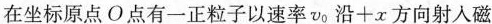
在坐标原点O点有一正粒子以速率v_{0}沿+x方向射入磁